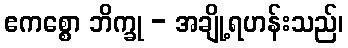
ဧကစ္စော ဘိက္ခု - အချို့ရဟန်းသည်၊